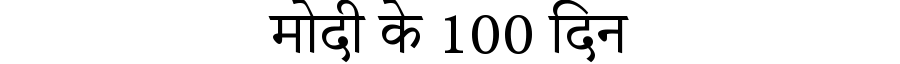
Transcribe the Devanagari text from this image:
मोदी के 100 दिन